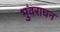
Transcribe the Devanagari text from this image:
भुवराघन